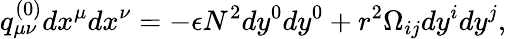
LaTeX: q_{\mu\nu}^{(0)}dx^{\mu}dx^{\nu}=-\epsilon N^{2}dy^{0}dy^{0}+r^{2}\Omega_{ij}dy^{i}dy^{j},